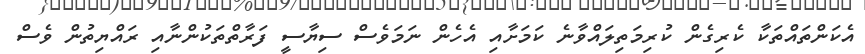
އެކަންތައްތަކާ ކެރިގެން ކުރިމަތިލައްވާނެ ކަމަށާއި އެހެން ނަމަވެސް ސިޔާސީ ފަރާތްތަކުންނާއި ރައްޔިތުން ވެސް